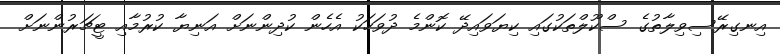
އިނގިރޭސިވިލާތުގެ ސްކޫލްތަކުގައި ކިޔަވައިދޭ ކޮންމެ ދުވަހަކު އެހެން ކުދިންނަށް އަނިޔާ ކުރުމާއި ޓީޗަރުންނަށް